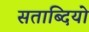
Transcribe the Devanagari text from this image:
सताब्दियो